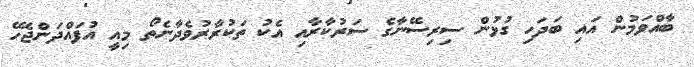
ބާއްވަމުން އައި ބަދަހި ގުޅުން ސިރިސޭނާގެ ސަރުކާރާއި އެކު ތަކުރާރުވެދާނެތޯ މިއީ އުފައްދަންޖެހޭ